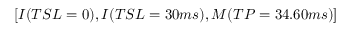
[ I ( T S L = 0 ) , I ( T S L = 3 0 m s ) , M ( T P = 3 4 . 6 0 m s ) ]